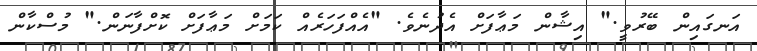
އަނގައިން ބޭރުވީ." އިޝާން މަޢާފަށް އެދުނެވެ. "އެއްފަހަރެއް ކަމަށް މަޢާފަށް ކޮށްފާނަން." މުސްކާން